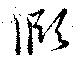
頥